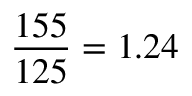
\frac { 1 5 5 } { 1 2 5 } = 1 . 2 4